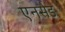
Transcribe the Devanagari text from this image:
एनसेड